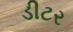
ડીટર